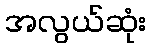
အလွယ်ဆုံး